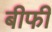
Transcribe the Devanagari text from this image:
बीफी